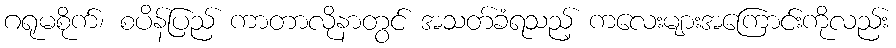
ဂရုမစိုက်၊ စပိန်ပြည် ကာတာလိုနာတွင် အသတ်ခံရသည့် ကလေးများအကြောင်းကိုလည်း